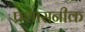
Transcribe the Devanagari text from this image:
प्रशासनीक